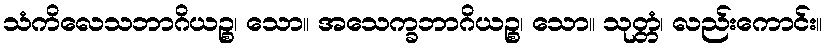
သံကိလေသဘာဂိယဉ္စ၊ သော။ အသေက္ခဘာဂိယဉ္စ၊ သော။ သုတ္တံ၊ လည်းကောင်း။